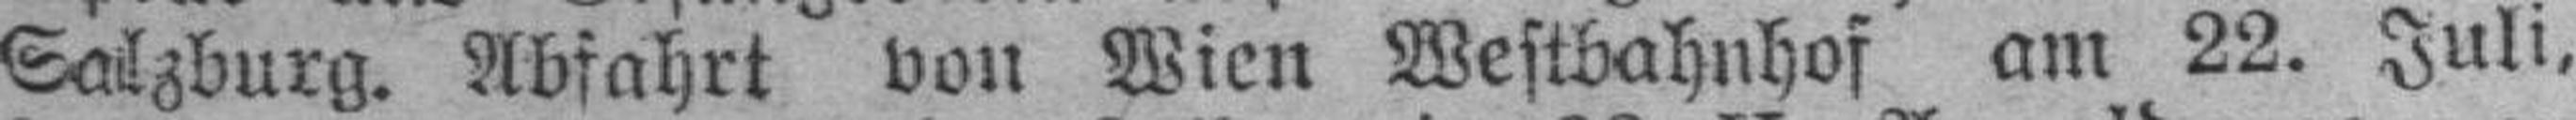
Salzburg. Abfahrt von Wien Westbahnhof am 22. Juli,